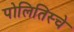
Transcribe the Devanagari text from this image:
पोलितिस्चे